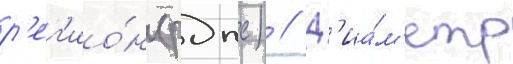
р'ег'ио́н (рдпс) // Д'иа́м'етр